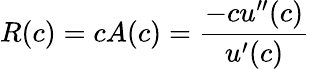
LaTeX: R(c)=cA(c)={\frac{-cu^{\prime\prime}(c)}{u^{\prime}(c)}}